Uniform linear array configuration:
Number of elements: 48
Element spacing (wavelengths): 1
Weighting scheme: hamming
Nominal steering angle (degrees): -30
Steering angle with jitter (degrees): -31.375
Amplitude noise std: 0.05
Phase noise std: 0.05

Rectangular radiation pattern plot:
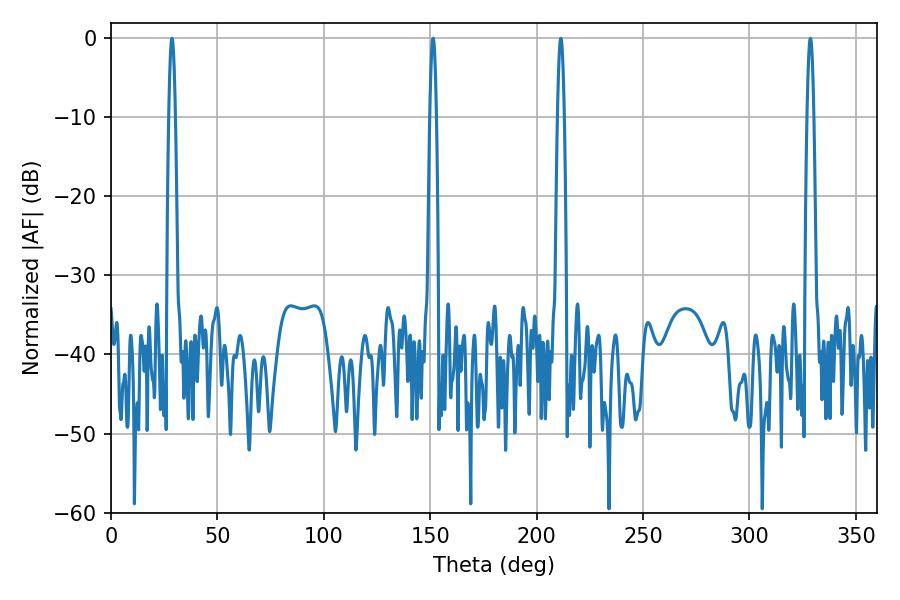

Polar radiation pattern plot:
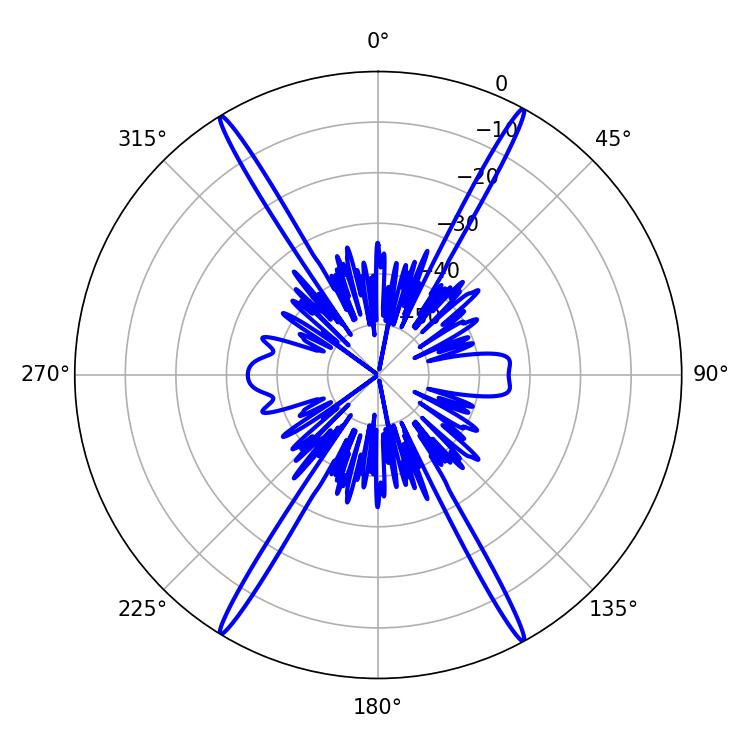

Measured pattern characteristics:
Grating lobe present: TRUE
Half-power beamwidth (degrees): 1.62
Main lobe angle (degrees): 151.38